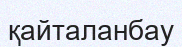
қайталанбау